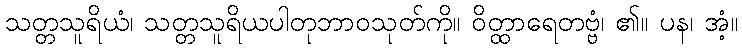
သတ္တသူရိယံ၊ သတ္တသူရိယပါတုဘာဝသုတ်ကို။ ဝိတ္ထာရေတဗ္ဗံ၊ ၏။ ပန၊ အံ့။